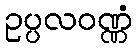
ဥပ္ပလဝဏ္ဏံ